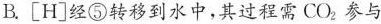
B.\left[H \right]经⑤转移到水中，其过程需CO_{2}，参与